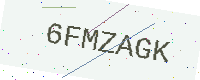
Text: 6FMZAGK